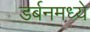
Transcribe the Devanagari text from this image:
डर्बनमध्ये